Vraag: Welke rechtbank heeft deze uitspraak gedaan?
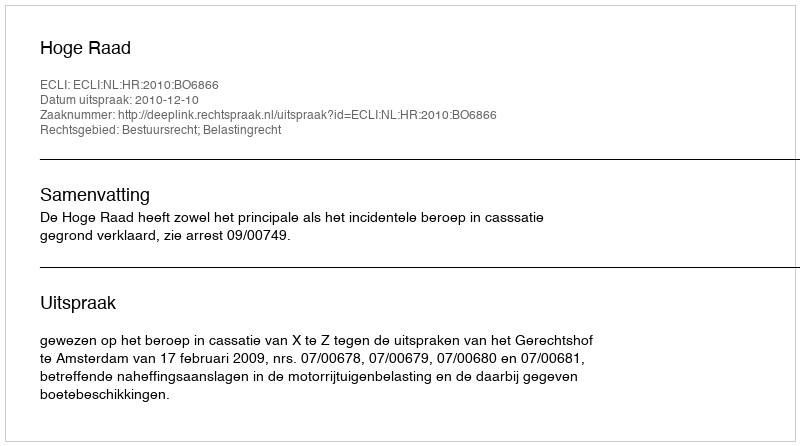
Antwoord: Hoge Raad